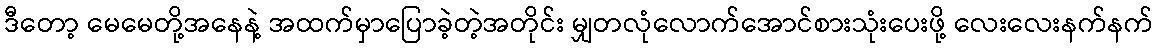
ဒီတော့ မေမေတို့အနေနဲ့ အထက်မှာပြောခဲ့တဲ့အတိုင်း မျှတလုံလောက်အောင်စားသုံးပေးဖို့ လေးလေးနက်နက်